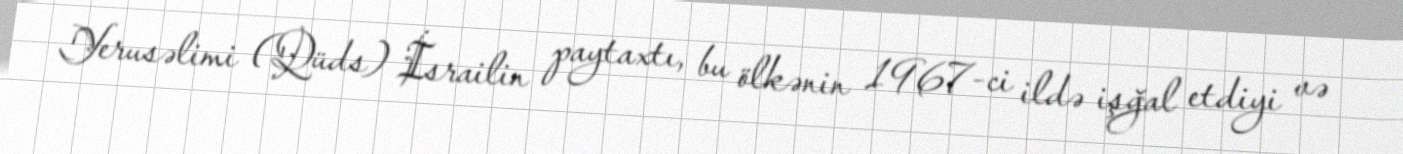
Yerusəlimi (Qüds) İsrailin paytaxtı, bu ölkənin 1967-ci ildə işğal etdiyi və